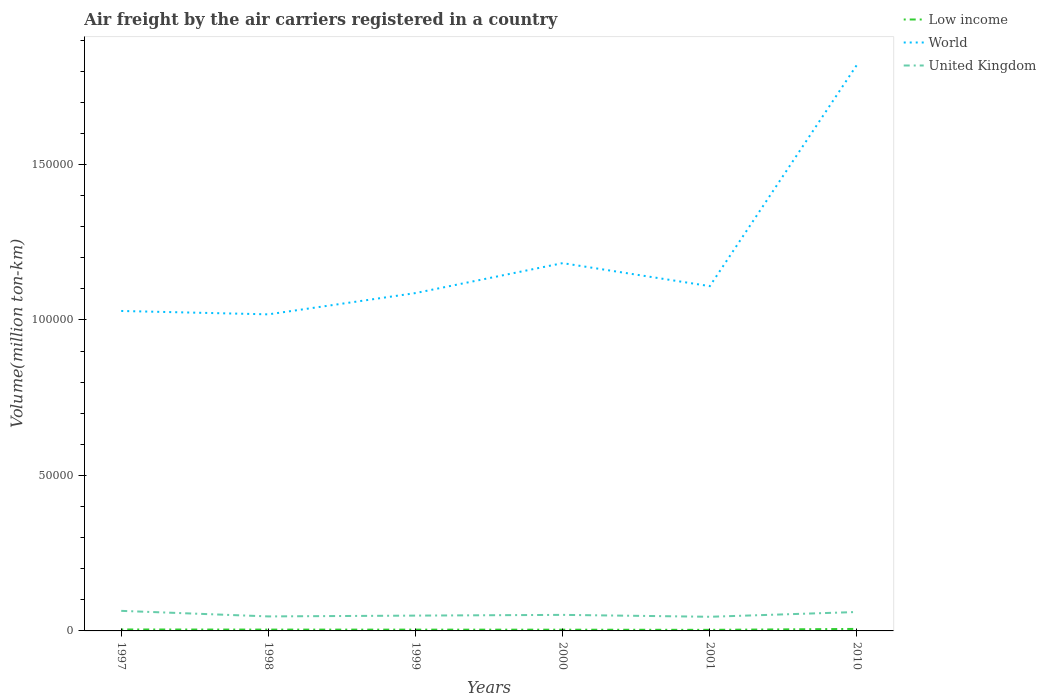
| Years | Low income | World | United Kingdom |
 | --- | --- | --- | --- |
 | 1997 | 467 | 1.03e+05 | 6.45e+03 |
 | 1998 | 428 | 1.02e+05 | 4.66e+03 |
 | 1999 | 414 | 1.09e+05 | 4.93e+03 |
 | 2000 | 398 | 1.18e+05 | 5.16e+03 |
 | 2001 | 348 | 1.11e+05 | 4.55e+03 |
 | 2010 | 646 | 1.82e+05 | 6.08e+03 |